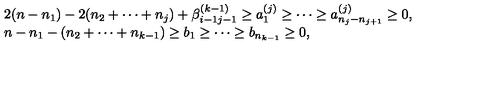
\begin{array} { l } { 2 ( n - n _ { 1 } ) - 2 ( n _ { 2 } + \cdots + n _ { j } ) + \beta _ { i - 1 j - 1 } ^ { ( k - 1 ) } \geq a _ { 1 } ^ { ( j ) } \geq \cdots \geq a _ { n _ { j } - n _ { j + 1 } } ^ { ( j ) } \geq 0 , } \\ { n - n _ { 1 } - ( n _ { 2 } + \cdots + n _ { k - 1 } ) \geq b _ { 1 } \geq \cdots \geq b _ { n _ { k - 1 } } \geq 0 , } \\ \end{array}